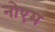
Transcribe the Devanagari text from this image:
नोएम